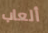
ألعاب